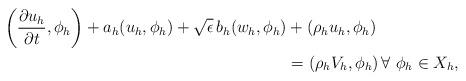
LaTeX: \begin{align*}\begin{aligned}\left(\frac{\partial u_h}{\partial t}, \phi_h\right) + a_h(u_h,\phi_h) + \sqrt{\epsilon} \,b_h(w_h,\phi_h) &+ \left(\rho_h u_h, \phi_h\right) \\&= \left(\rho_h V_h, \phi_h\right) \forall\,\, \phi_h \in X_h,\end{aligned}\end{align*}